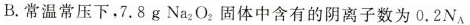
B.常温常压下，7.8 g Na_{2}O_{2}固体中含有的阴离子数为0.2 N_{A}